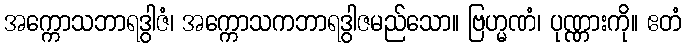
အက္ကောသဘာရဒွါဇံ၊ အက္ကောသကဘာရဒွါဇမည်သော။ ဗြဟ္မဏံ၊ ပုဏ္ဏားကို။ ဧတံ